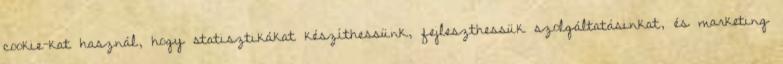
cookie-kat használ, hogy statisztikákat készíthessünk, fejleszthessük szolgáltatásinkat, és marketing